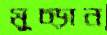
মুচ্‌ড়ান